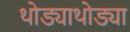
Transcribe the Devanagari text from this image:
थोड्याथोड्या